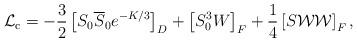
LaTeX: \begin{align*}{\cal L}_{\rm c} = -{3\over2}\left[S_0\overline S_0 e^{-{K/ 3}}\right]_D+ \left[S_0^3W\right]_F+{1\over4}\left[S{\cal WW}\right]_F,\end{align*}